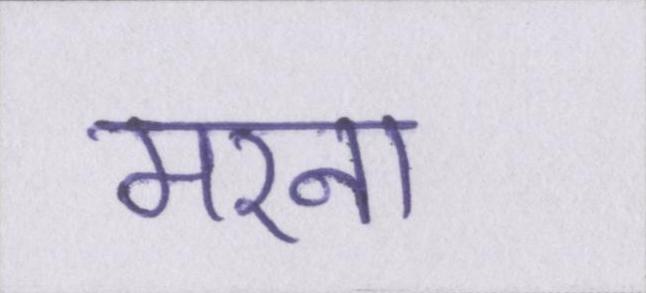
मरना